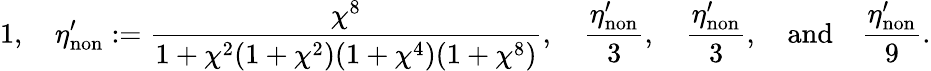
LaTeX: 1,\quad\eta_{\mathrm{non}}^{\prime}:=\frac{\chi^{8}}{1+\chi^{2}(1+\chi^{2})(1+\chi^{4})(1+\chi^{8})},\quad\frac{\eta_{\mathrm{non}}^{\prime}}{3},\quad\frac{\eta_{\mathrm{non}}^{\prime}}{3},\quad\mathrm{and}\quad\frac{\eta_{\mathrm{non}}^{\prime}}{9}.